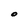
Character: O